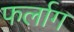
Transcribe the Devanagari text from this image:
फर्लाग